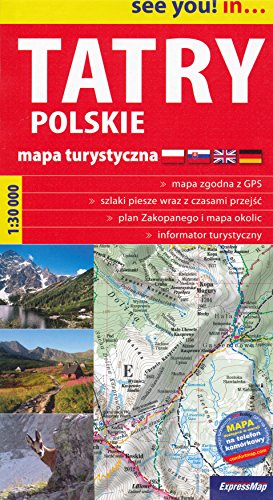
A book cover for Tatra Mountains (Poland) 1:30,000 Hiking Map & Zakopane street plan, GPS-precise; ExpressMap; Travel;